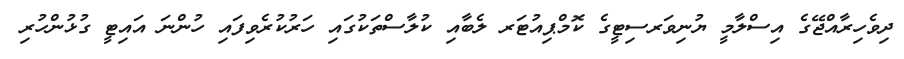
ދިވެހިރާއްޖޭގެ އިސްލާމީ ޔުނިވަރސިޓީގެ ކޮމްޕިއުޓަރ ލެބާއި ކުލާސްތަކުގައި ހަރުކުރެވިފައި ހުންނަ އައިޓީ ގުޅުންހުރި